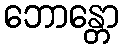
ဘောန္တော